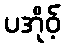
ပအိုဝ့်